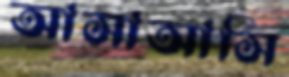
আসাআসি